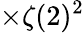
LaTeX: \times\zeta(2)^{2}